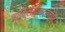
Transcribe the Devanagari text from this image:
माइक्रोस्पेक्ट्रोमीटर